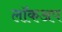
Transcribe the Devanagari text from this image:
लॉकअप